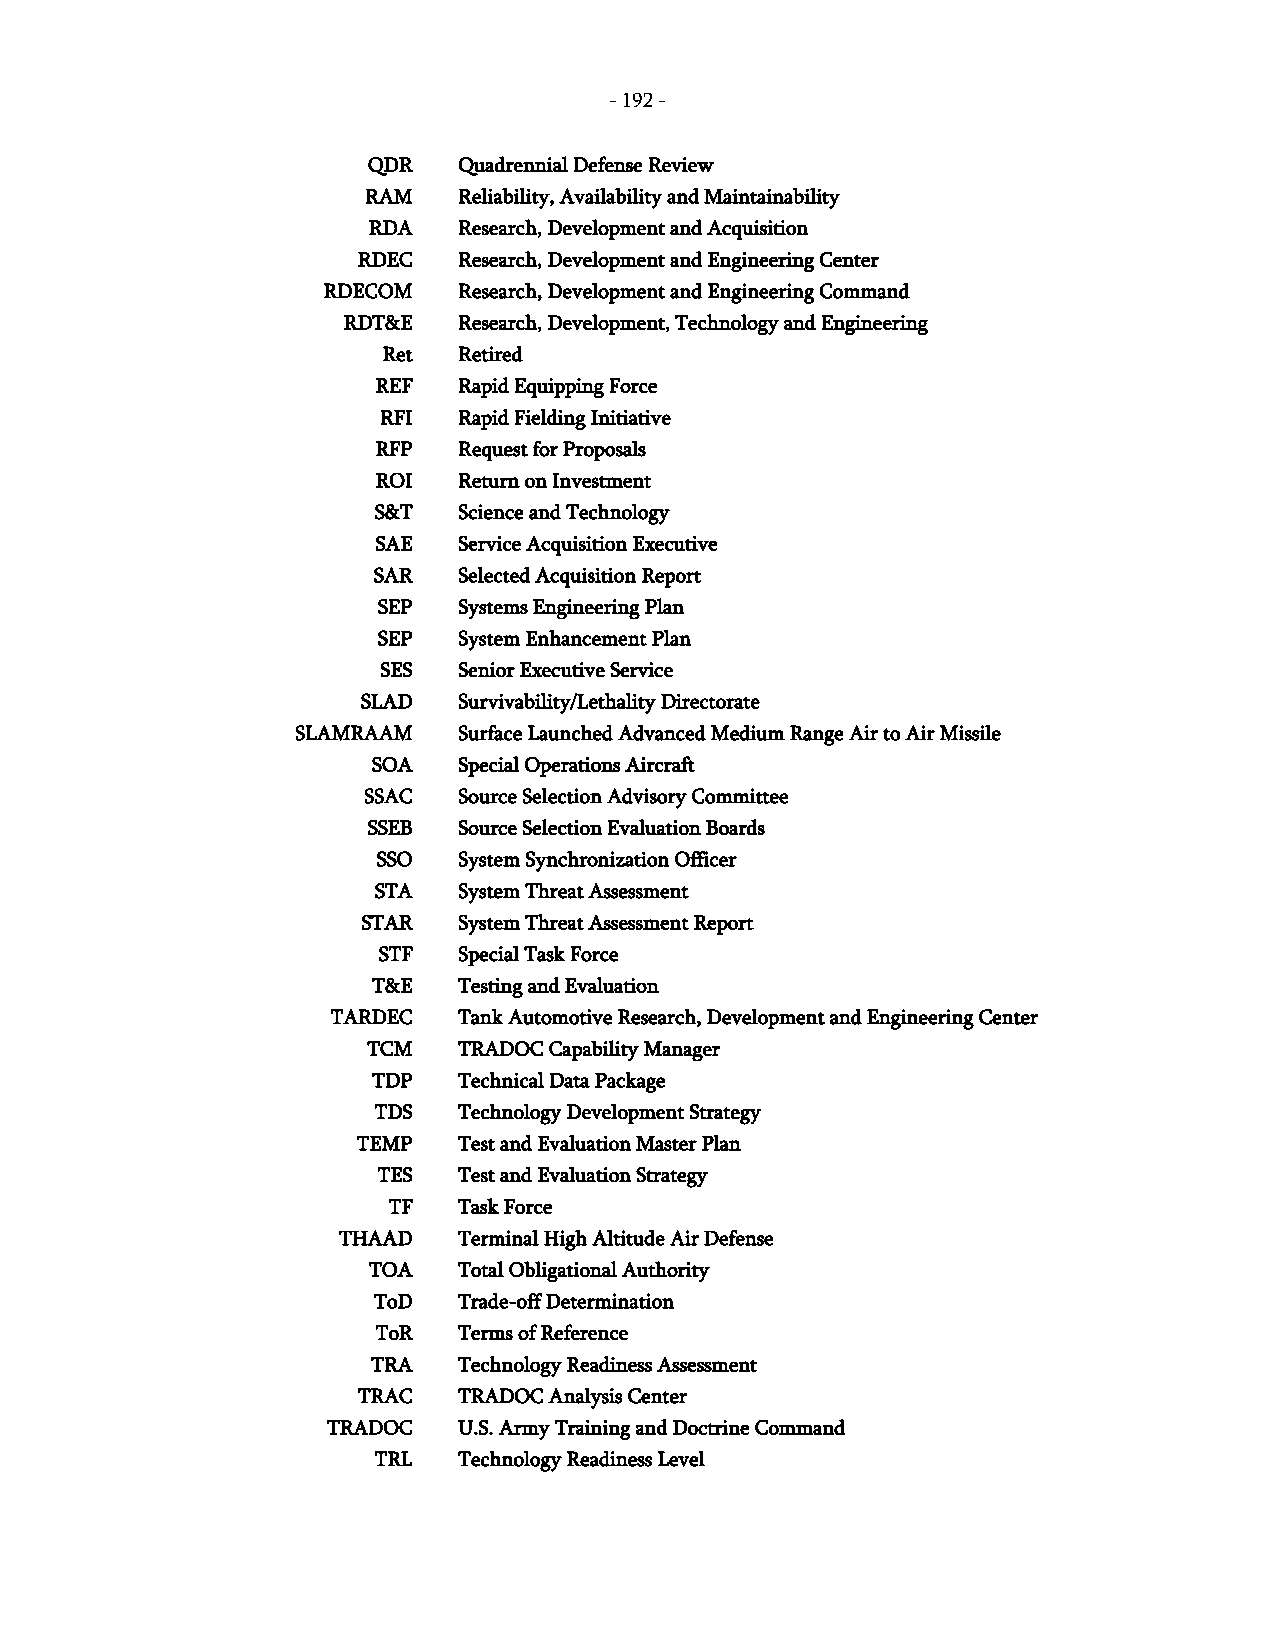
- 192 -
 QDR   Quadrennial Defense Review
 RAM   Reliability, Availability and Maintainability
 RDA   Research, Development and Acquisition
 RDEC  Research, Development and Engineering Center
 RDECOM   Research, Development and Engineering Command
 RDT&E  Research, Development, Technology and Engineering
 Ret  Retired
 REF  Rapid Equipping Force
 RFI  Rapid Fielding Initiative
 RFP  Request for Proposals
 ROI  Return on Investment
 S&T  Science and Technology
 SAE  Service Acquisition Executive
 SAR  Selected Acquisition Report
 SEP  Systems Engineering Plan
 SEP  System Enhancement Plan
 SES  Senior Executive Service
 SLAD  Survivability/Lethality Directorate
 SLAMRAAM  Surface Launched Advanced Medium Range Air to Air Missile
 SOA  Special Operations Aircraft
 SSAC  Source Selection Advisory Committee
 SSEB  Source Selection Evaluation Boards
 SSO  System Synchronization Officer
 STA  System Threat Assessment
 STAR  System Threat Assessment Report
 STF  Special Task Force
 T&E  Testing and Evaluation
 TARDEC  Tank Automotive Research, Development and Engineering Center
 TCM   TRADOC Capability Manager
 TDP  Technical Data Package
 TDS  Technology Development Strategy
 TEMP  Test and Evaluation Master Plan
 TES  Test and Evaluation Strategy
 TF  Task Force
 THAAD   Terminal High Altitude Air Defense
 TOA   Total Obligational Authority
 ToD  Trade-off Determination
 ToR  Terms of Reference
 TRA  Technology Readiness Assessment
 TRAC  TRADOC Analysis Center
 TRADOC  U.S. Army Training and Doctrine Command
 TRL  Technology Readiness Level
 -
 192
 -